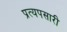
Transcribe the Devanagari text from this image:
प्रत्यपसारी